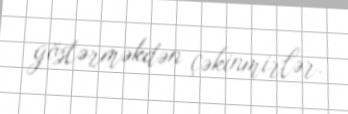
göstərməkdən çəkinmirlər.